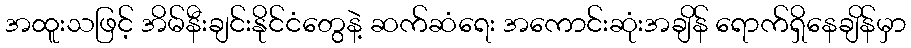
အထူးသဖြင့် အိမ်နီးချင်းနိုင်ငံတွေနဲ့ ဆက်ဆံရေး အကောင်းဆုံးအချိန် ရောက်ရှိနေချိန်မှာ